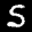
Label: 5